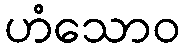
ဟံသောဝ